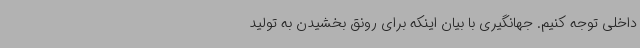
داخلی توجه کنیم. جهانگیری با بیان اینکه برای رونق بخشیدن به تولید